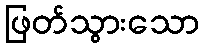
ဖြတ်သွားသော